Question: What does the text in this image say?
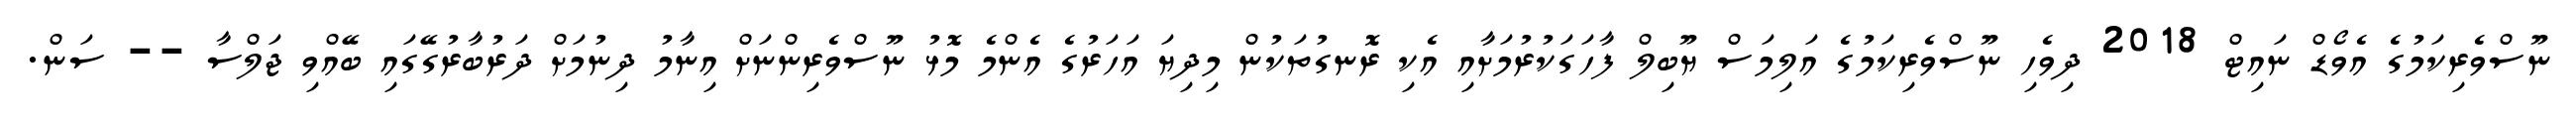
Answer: ނޫސްވެރިކަމުގެ އެވޯޑް ނައިޓް 2018 ދިވެހި ނޫސްވެރިކަމުގެ އަލިމަސް ޔޫބިލް ފާހަގަކުރުމަށާއި އެކި ރޮނގުތަކުން މިދިޔަ އަހަރުގެ އެންމެ މޮޅު ނޫސްވެރިންނަށް އިނާމު ދިނުމަށް ދަރުބާރުގޭގައި ބޭއްވި ޖަލްސާ -- ސަން.